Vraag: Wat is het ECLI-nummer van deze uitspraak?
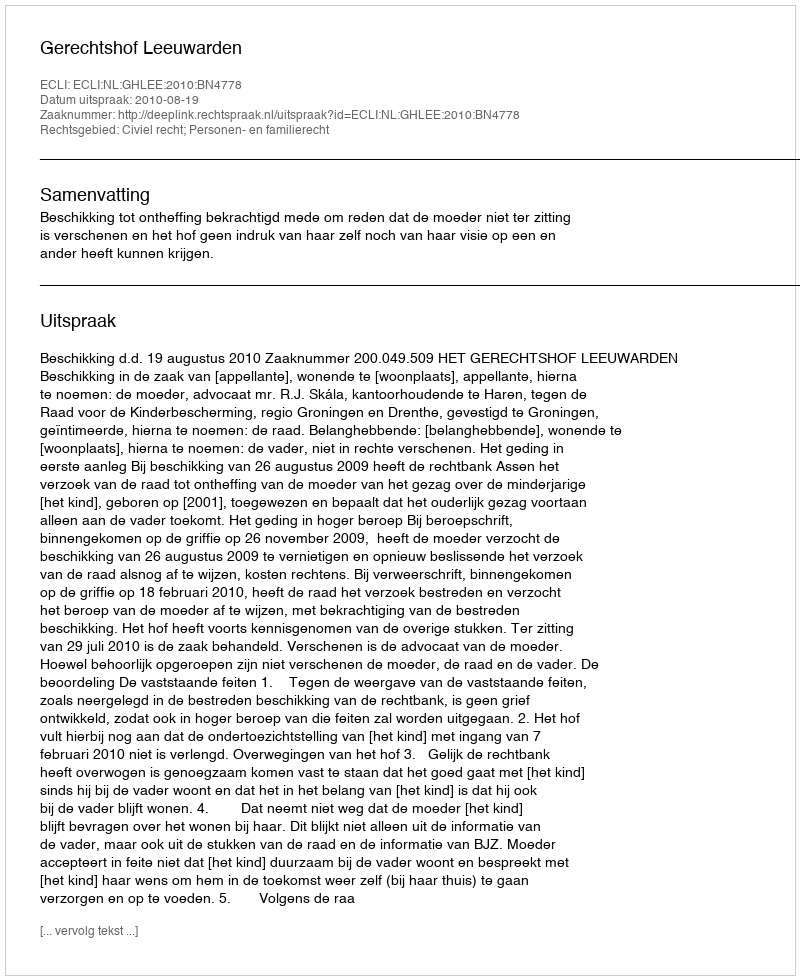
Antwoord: ECLI:NL:GHLEE:2010:BN4778